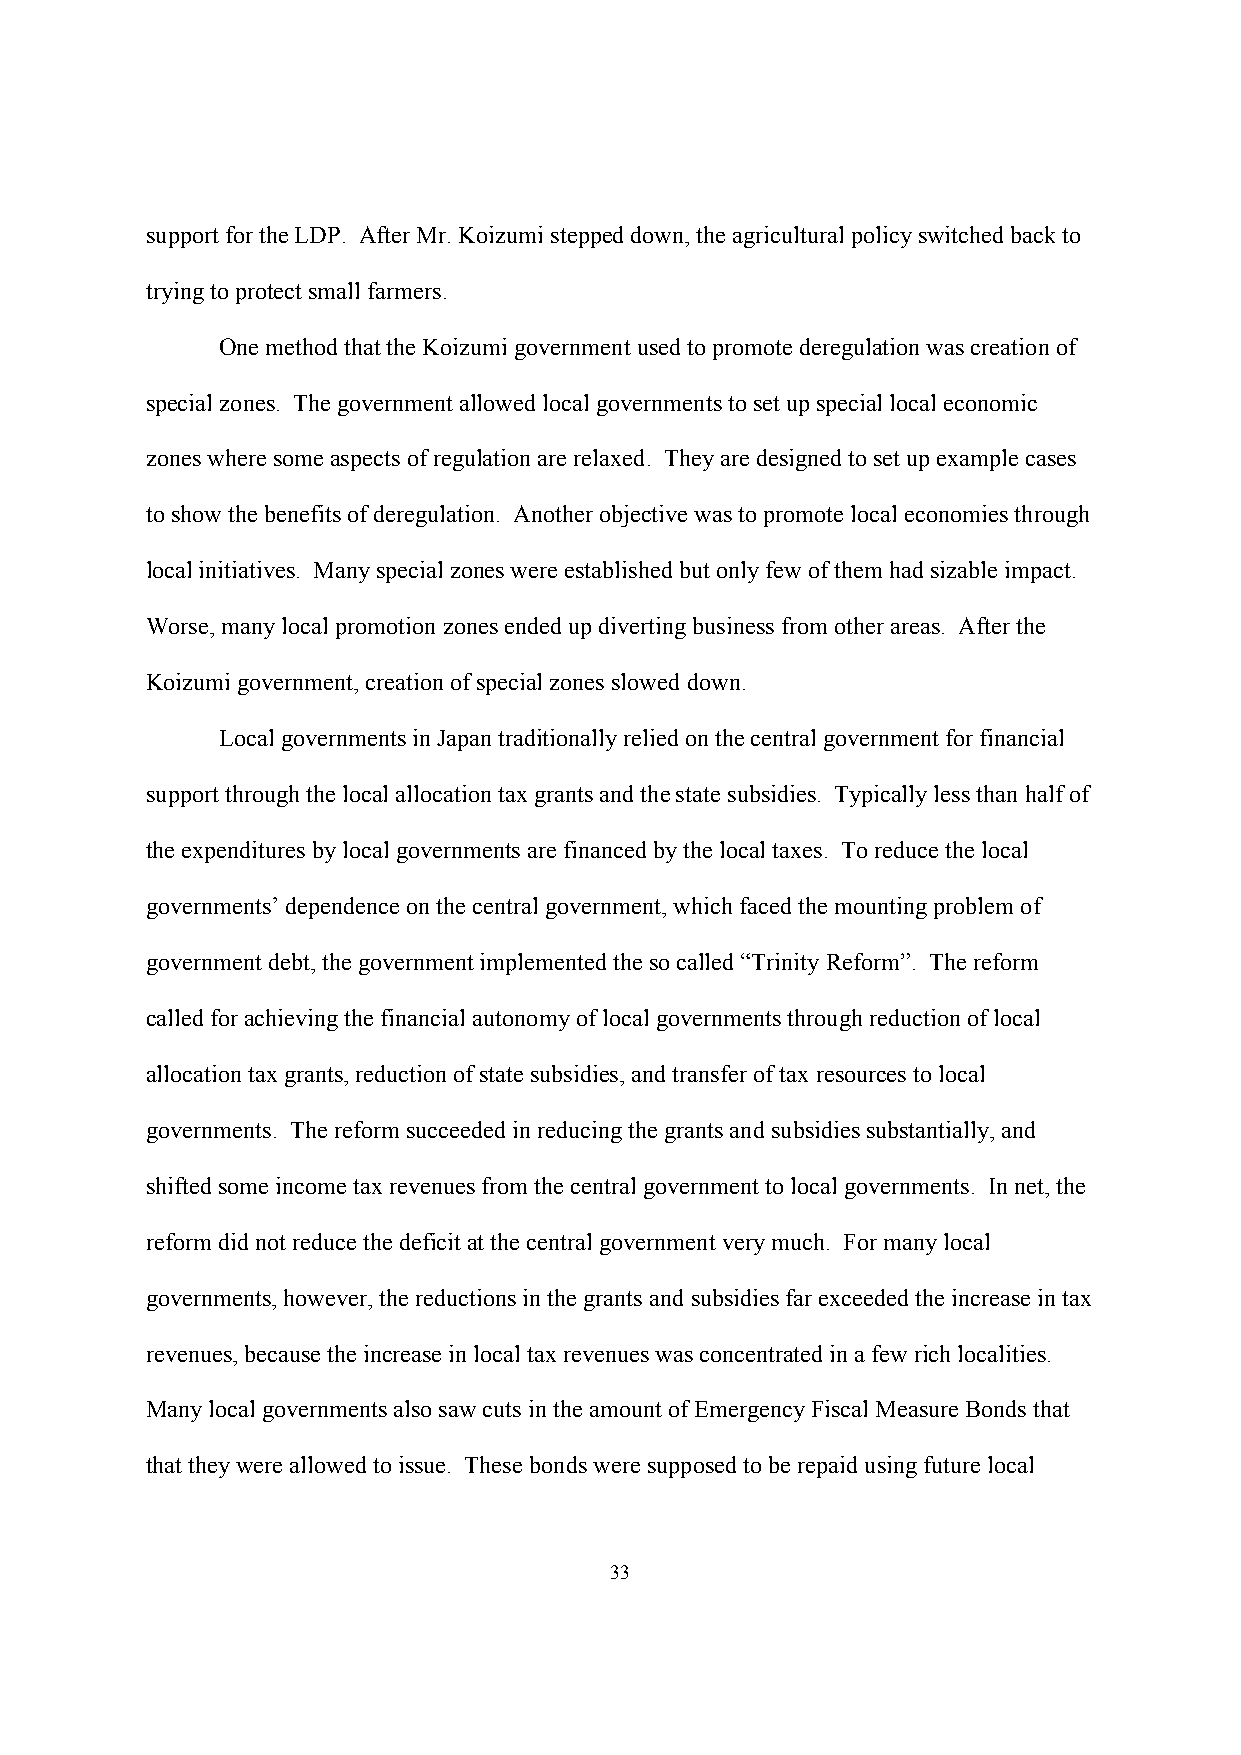
support for the LDP. After Mr. Koizumi stepped down, the agricultural policy switched back to
 trying to protect small farmers.
 One method that the Koizumi government used to promote deregulation was creation of
 special zones. The government allowed local governments to set up special local economic
 zones where some aspects of regulation are relaxed. They are designed to set up example cases
 to show the benefits of deregulation. Another objective was to promote local economies through
 local initiatives. Many special zones were established but only few of them had sizable impact.
 Worse, many local promotion zones ended up diverting business from other areas. After the
 Koizumi government, creation of special zones slowed down.
 Local governments in Japan traditionally relied on the central government for financial
 support through the local allocation tax grants and the state subsidies. Typically less than half of
 the expenditures by local governments are financed by the local taxes. To reduce the local
 governments’ dependence on the central government, which faced the mounting problem of
 government debt, the government implemented the so called “Trinity Reform”. The reform
 called for achieving the financial autonomy of local governments through reduction of local
 allocation tax grants, reduction of state subsidies, and transfer of tax resources to local
 governments. The reform succeeded in reducing the grants and subsidies substantially, and
 shifted some income tax revenues from the central government to local governments. In net, the
 reform did not reduce the deficit at the central government very much. For many local
 governments, however, the reductions in the grants and subsidies far exceeded the increase in tax
 revenues, because the increase in local tax revenues was concentrated in a few rich localities.
 Many local governments also saw cuts in the amount of Emergency Fiscal Measure Bonds that
 that they were allowed to issue. These bonds were supposed to be repaid using future local
 33